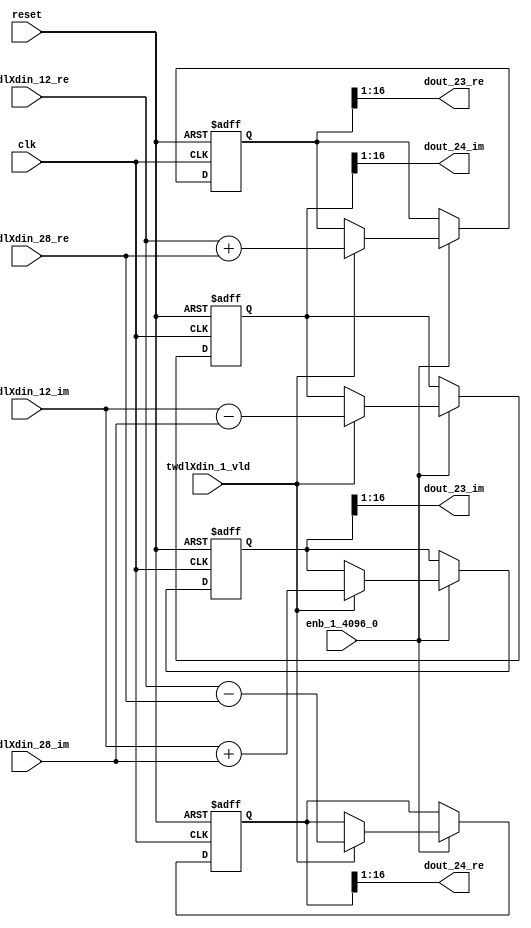
// -------------------------------------------------------------
// 
// 
// Generated by MATLAB 9.14 and HDL Coder 4.1
// 
// -------------------------------------------------------------


// -------------------------------------------------------------
// 
// Module: RADIX22FFT_SDNF1_3_block10
// Source Path: dsphdl.IFFT/RADIX22FFT_SDNF1_3
// Hierarchy Level: 4
// 
// -------------------------------------------------------------

`timescale 1 ns / 1 ns

module RADIX22FFT_SDNF1_3_block10
          (clk,
           reset,
           enb_1_4096_0,
           twdlXdin_12_re,
           twdlXdin_12_im,
           twdlXdin_28_re,
           twdlXdin_28_im,
           twdlXdin_1_vld,
           dout_23_re,
           dout_23_im,
           dout_24_re,
           dout_24_im);


  input   clk;
  input   reset;
  input   enb_1_4096_0;
  input   signed [15:0] twdlXdin_12_re;  // sfix16_En14
  input   signed [15:0] twdlXdin_12_im;  // sfix16_En14
  input   signed [15:0] twdlXdin_28_re;  // sfix16_En14
  input   signed [15:0] twdlXdin_28_im;  // sfix16_En14
  input   twdlXdin_1_vld;
  output  signed [15:0] dout_23_re;  // sfix16_En14
  output  signed [15:0] dout_23_im;  // sfix16_En14
  output  signed [15:0] dout_24_re;  // sfix16_En14
  output  signed [15:0] dout_24_im;  // sfix16_En14


  reg signed [16:0] Radix22ButterflyG1_NF_btf1_re_reg;  // sfix17
  reg signed [16:0] Radix22ButterflyG1_NF_btf1_im_reg;  // sfix17
  reg signed [16:0] Radix22ButterflyG1_NF_btf2_re_reg;  // sfix17
  reg signed [16:0] Radix22ButterflyG1_NF_btf2_im_reg;  // sfix17
  reg  Radix22ButterflyG1_NF_dinXtwdl_vld_dly1;
  reg signed [16:0] Radix22ButterflyG1_NF_btf1_re_reg_next;  // sfix17_En14
  reg signed [16:0] Radix22ButterflyG1_NF_btf1_im_reg_next;  // sfix17_En14
  reg signed [16:0] Radix22ButterflyG1_NF_btf2_re_reg_next;  // sfix17_En14
  reg signed [16:0] Radix22ButterflyG1_NF_btf2_im_reg_next;  // sfix17_En14
  reg  Radix22ButterflyG1_NF_dinXtwdl_vld_dly1_next;
  reg signed [15:0] dout_23_re_1;  // sfix16_En14
  reg signed [15:0] dout_23_im_1;  // sfix16_En14
  reg signed [15:0] dout_24_re_1;  // sfix16_En14
  reg signed [15:0] dout_24_im_1;  // sfix16_En14
  reg  dout_23_vld;
  reg signed [16:0] Radix22ButterflyG1_NF_add_cast;  // sfix17_En14
  reg signed [16:0] Radix22ButterflyG1_NF_add_cast_0;  // sfix17_En14
  reg signed [16:0] Radix22ButterflyG1_NF_sra_temp;  // sfix17_En14
  reg signed [16:0] Radix22ButterflyG1_NF_sub_cast;  // sfix17_En14
  reg signed [16:0] Radix22ButterflyG1_NF_sub_cast_0;  // sfix17_En14
  reg signed [16:0] Radix22ButterflyG1_NF_sra_temp_0;  // sfix17_En14
  reg signed [16:0] Radix22ButterflyG1_NF_add_cast_1;  // sfix17_En14
  reg signed [16:0] Radix22ButterflyG1_NF_add_cast_2;  // sfix17_En14
  reg signed [16:0] Radix22ButterflyG1_NF_sra_temp_1;  // sfix17_En14
  reg signed [16:0] Radix22ButterflyG1_NF_sub_cast_1;  // sfix17_En14
  reg signed [16:0] Radix22ButterflyG1_NF_sub_cast_2;  // sfix17_En14
  reg signed [16:0] Radix22ButterflyG1_NF_sra_temp_2;  // sfix17_En14


  // Radix22ButterflyG1_NF
  always @(posedge clk or posedge reset)
    begin : Radix22ButterflyG1_NF_process
      if (reset == 1'b1) begin
        Radix22ButterflyG1_NF_btf1_re_reg <= 17'sb00000000000000000;
        Radix22ButterflyG1_NF_btf1_im_reg <= 17'sb00000000000000000;
        Radix22ButterflyG1_NF_btf2_re_reg <= 17'sb00000000000000000;
        Radix22ButterflyG1_NF_btf2_im_reg <= 17'sb00000000000000000;
        Radix22ButterflyG1_NF_dinXtwdl_vld_dly1 <= 1'b0;
      end
      else begin
        if (enb_1_4096_0) begin
          Radix22ButterflyG1_NF_btf1_re_reg <= Radix22ButterflyG1_NF_btf1_re_reg_next;
          Radix22ButterflyG1_NF_btf1_im_reg <= Radix22ButterflyG1_NF_btf1_im_reg_next;
          Radix22ButterflyG1_NF_btf2_re_reg <= Radix22ButterflyG1_NF_btf2_re_reg_next;
          Radix22ButterflyG1_NF_btf2_im_reg <= Radix22ButterflyG1_NF_btf2_im_reg_next;
          Radix22ButterflyG1_NF_dinXtwdl_vld_dly1 <= Radix22ButterflyG1_NF_dinXtwdl_vld_dly1_next;
        end
      end
    end

  always @(Radix22ButterflyG1_NF_btf1_im_reg, Radix22ButterflyG1_NF_btf1_re_reg,
       Radix22ButterflyG1_NF_btf2_im_reg, Radix22ButterflyG1_NF_btf2_re_reg,
       Radix22ButterflyG1_NF_dinXtwdl_vld_dly1, twdlXdin_12_im, twdlXdin_12_re,
       twdlXdin_1_vld, twdlXdin_28_im, twdlXdin_28_re) begin
    Radix22ButterflyG1_NF_add_cast = 17'sb00000000000000000;
    Radix22ButterflyG1_NF_add_cast_0 = 17'sb00000000000000000;
    Radix22ButterflyG1_NF_sub_cast = 17'sb00000000000000000;
    Radix22ButterflyG1_NF_sub_cast_0 = 17'sb00000000000000000;
    Radix22ButterflyG1_NF_add_cast_1 = 17'sb00000000000000000;
    Radix22ButterflyG1_NF_add_cast_2 = 17'sb00000000000000000;
    Radix22ButterflyG1_NF_sub_cast_1 = 17'sb00000000000000000;
    Radix22ButterflyG1_NF_sub_cast_2 = 17'sb00000000000000000;
    Radix22ButterflyG1_NF_btf1_re_reg_next = Radix22ButterflyG1_NF_btf1_re_reg;
    Radix22ButterflyG1_NF_btf1_im_reg_next = Radix22ButterflyG1_NF_btf1_im_reg;
    Radix22ButterflyG1_NF_btf2_re_reg_next = Radix22ButterflyG1_NF_btf2_re_reg;
    Radix22ButterflyG1_NF_btf2_im_reg_next = Radix22ButterflyG1_NF_btf2_im_reg;
    Radix22ButterflyG1_NF_dinXtwdl_vld_dly1_next = twdlXdin_1_vld;
    if (twdlXdin_1_vld) begin
      Radix22ButterflyG1_NF_add_cast = {twdlXdin_12_re[15], twdlXdin_12_re};
      Radix22ButterflyG1_NF_add_cast_0 = {twdlXdin_28_re[15], twdlXdin_28_re};
      Radix22ButterflyG1_NF_btf1_re_reg_next = Radix22ButterflyG1_NF_add_cast + Radix22ButterflyG1_NF_add_cast_0;
      Radix22ButterflyG1_NF_sub_cast = {twdlXdin_12_re[15], twdlXdin_12_re};
      Radix22ButterflyG1_NF_sub_cast_0 = {twdlXdin_28_re[15], twdlXdin_28_re};
      Radix22ButterflyG1_NF_btf2_re_reg_next = Radix22ButterflyG1_NF_sub_cast - Radix22ButterflyG1_NF_sub_cast_0;
      Radix22ButterflyG1_NF_add_cast_1 = {twdlXdin_12_im[15], twdlXdin_12_im};
      Radix22ButterflyG1_NF_add_cast_2 = {twdlXdin_28_im[15], twdlXdin_28_im};
      Radix22ButterflyG1_NF_btf1_im_reg_next = Radix22ButterflyG1_NF_add_cast_1 + Radix22ButterflyG1_NF_add_cast_2;
      Radix22ButterflyG1_NF_sub_cast_1 = {twdlXdin_12_im[15], twdlXdin_12_im};
      Radix22ButterflyG1_NF_sub_cast_2 = {twdlXdin_28_im[15], twdlXdin_28_im};
      Radix22ButterflyG1_NF_btf2_im_reg_next = Radix22ButterflyG1_NF_sub_cast_1 - Radix22ButterflyG1_NF_sub_cast_2;
    end
    Radix22ButterflyG1_NF_sra_temp = Radix22ButterflyG1_NF_btf1_re_reg >>> 8'd1;
    dout_23_re_1 = Radix22ButterflyG1_NF_sra_temp[15:0];
    Radix22ButterflyG1_NF_sra_temp_0 = Radix22ButterflyG1_NF_btf1_im_reg >>> 8'd1;
    dout_23_im_1 = Radix22ButterflyG1_NF_sra_temp_0[15:0];
    Radix22ButterflyG1_NF_sra_temp_1 = Radix22ButterflyG1_NF_btf2_re_reg >>> 8'd1;
    dout_24_re_1 = Radix22ButterflyG1_NF_sra_temp_1[15:0];
    Radix22ButterflyG1_NF_sra_temp_2 = Radix22ButterflyG1_NF_btf2_im_reg >>> 8'd1;
    dout_24_im_1 = Radix22ButterflyG1_NF_sra_temp_2[15:0];
    dout_23_vld = Radix22ButterflyG1_NF_dinXtwdl_vld_dly1;
  end



  assign dout_23_re = dout_23_re_1;

  assign dout_23_im = dout_23_im_1;

  assign dout_24_re = dout_24_re_1;

  assign dout_24_im = dout_24_im_1;

endmodule  // RADIX22FFT_SDNF1_3_block10